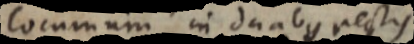
Communi in duabus rectis